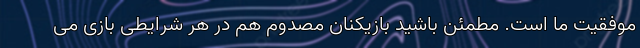
موفقیت ما است. مطمئن باشید بازیکنان مصدوم هم در هر شرایطی بازی می